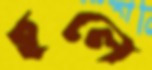
ছলে